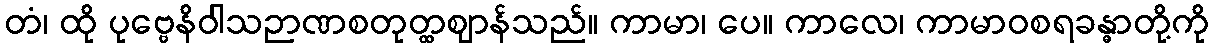
တံ၊ ထို ပုဗ္ဗေနိဝါသဉာဏစတုတ္ထဈာန်သည်။ ကာမာ၊ ပေ။ ကာလေ၊ ကာမာဝစရခန္ဓာတို့ကို